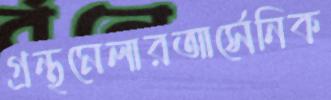
গ্রন্থমেলারআর্সেনিক